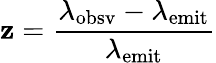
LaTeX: \mathbf{z}={\frac{{\lambda_{\mathrm{{obsv}}}-\lambda_{\mathrm{{emit}}}}}{{\lambda_{\mathrm{{emit}}}}}}